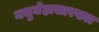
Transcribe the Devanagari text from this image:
मधुमेहासारख्या